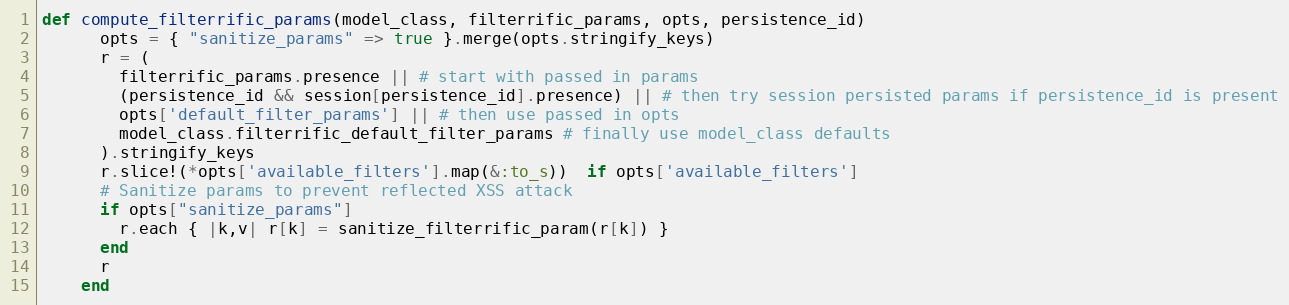
Language: Ruby
def compute_filterrific_params(model_class, filterrific_params, opts, persistence_id)
      opts = { "sanitize_params" => true }.merge(opts.stringify_keys)
      r = (
        filterrific_params.presence || # start with passed in params
        (persistence_id && session[persistence_id].presence) || # then try session persisted params if persistence_id is present
        opts['default_filter_params'] || # then use passed in opts
        model_class.filterrific_default_filter_params # finally use model_class defaults
      ).stringify_keys
      r.slice!(*opts['available_filters'].map(&:to_s))  if opts['available_filters']
      # Sanitize params to prevent reflected XSS attack
      if opts["sanitize_params"]
        r.each { |k,v| r[k] = sanitize_filterrific_param(r[k]) }
      end
      r
    end